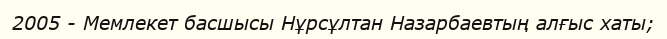
2005 - Мемлекет басшысы Нұрсұлтан Назарбаевтың алғыс хаты;